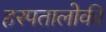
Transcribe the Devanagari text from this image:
हस्पतालोकी